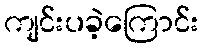
ကျင်းပခဲ့ကြောင်း